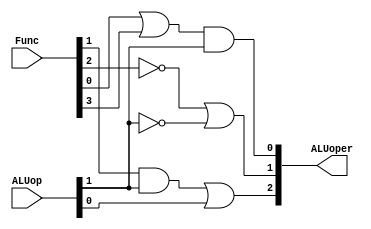
module ALUctr(
        input[1:0] ALUop,
        input[5:0] Func,
        output[2:0] ALUoper
    );

    wire t1, t2;
    or (t1, Func[0], Func[3]);
    and (t2, Func[1], ALUop[1]);
    or (ALUoper[2], t2, ALUop[0]);
    or (ALUoper[1], ~Func[2], ~ALUop[1]);
    and (ALUoper[0], t1, ALUop[1]);

    /*
     *always@(ALUop or Func) begin
     *    case(ALUop)
     *        2'b00:ALUoper=3'b010;
     *        2'b01:ALUoper=3'b110;
     *        2'b10:begin
     *            case(Func)
     *                6'd32:ALUoper=3'b010;//add
     *                6'd34:ALUoper=3'b110;//sub
     *                6'd36:ALUoper=3'b000;//and
     *                6'd37:ALUoper=3'b001;//or
     *                6'd42:ALUoper=3'b111;//slt
     *            endcase
     *        end
     *        default:ALUoper=3'b000;
     *    endcase
     *end
     */

endmodule